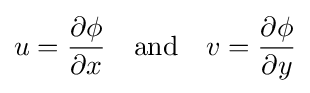
u={\frac {\partial \phi }{\partial x}}\quad {\textrm {and}}\quad v={\frac {\partial \phi }{\partial y}}